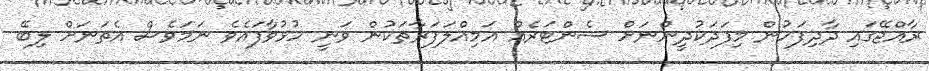
ރާއްޖޭގައި ދާދިފަހުން މިފަދަކުދީންނަށް ސެންޓަރެއް އަމިއްލަފަރާތަކުން ވަނީ ހުޅުވާފައެވެ ނަމަވެސް އެތަނަށް ލިބޭ